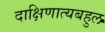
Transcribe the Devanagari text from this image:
दाक्षिणात्यबहुल